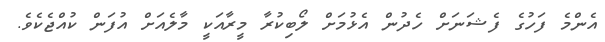
އެންމެ ފަހުގެ ފެޝަނަށް ހެދުން އެޅުމަށް ލޯބިކުރާ މީރާއަކީ މާލެއަށް އުފަން ކުއްޖެކެވެ.